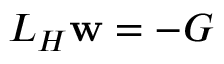
L _ { H } \mathbf { w } = - G